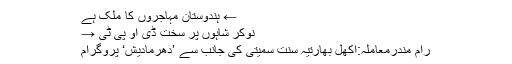
← ہندوستان مہاجروں کا ملک ہے
نوکر شاہوں پر سخت ڈی او پی ٹی →
رام مندرمعاملہ:اکھل بھارتیہ سنت سمیتی کی جانب سے ’دھرمادیش‘ پروگرام